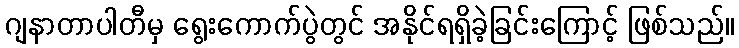
ဂျနာတာပါတီမှ ရွေးကောက်ပွဲတွင် အနိုင်ရရှိခဲ့ခြင်းကြောင့် ဖြစ်သည်။